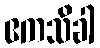
ဧကသိခါ